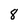
Character: 8